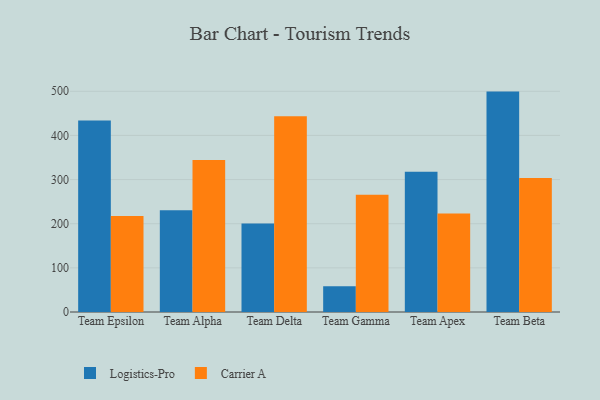
{"axis": {"x": "Team", "y": "Satisfaction Score"}, "legend": ["Carrier A", "Logistics-Pro"], "data": [{"x": "Team Epsilon", "y": 433.8, "type": "Logistics-Pro"}, {"x": "Team Epsilon", "y": 217.5, "type": "Carrier A"}, {"x": "Team Alpha", "y": 230.5, "type": "Logistics-Pro"}, {"x": "Team Alpha", "y": 344.3, "type": "Carrier A"}, {"x": "Team Delta", "y": 200.5, "type": "Logistics-Pro"}, {"x": "Team Delta", "y": 443.5, "type": "Carrier A"}, {"x": "Team Gamma", "y": 58.4, "type": "Logistics-Pro"}, {"x": "Team Gamma", "y": 265.6, "type": "Carrier A"}, {"x": "Team Apex", "y": 317.9, "type": "Logistics-Pro"}, {"x": "Team Apex", "y": 222.9, "type": "Carrier A"}, {"x": "Team Beta", "y": 499.3, "type": "Logistics-Pro"}, {"x": "Team Beta", "y": 303.4, "type": "Carrier A"}]}